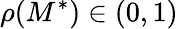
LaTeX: \rho(M^{\ast})\in(0,1)